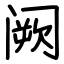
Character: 阙